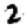
Digit: 2